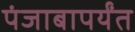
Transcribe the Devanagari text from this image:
पंजाबापर्यंत